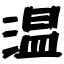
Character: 温